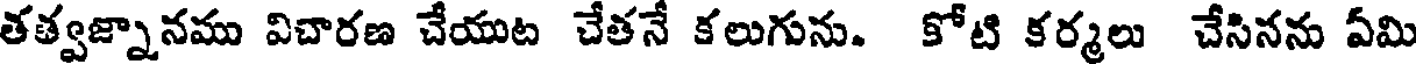
తత్వజ్నానము విచారణ చేయుట చేతనే కలుగును. కోటి కర్మలు చేసినను ఏమి